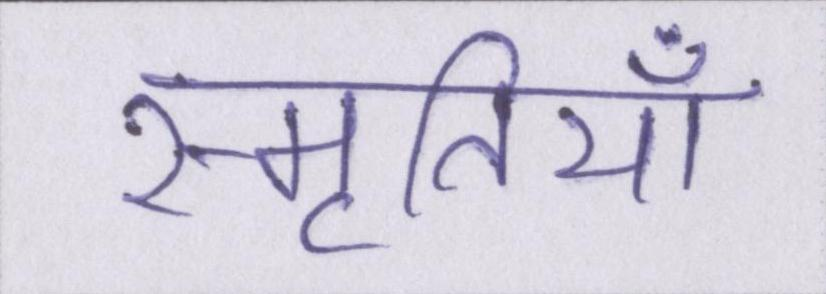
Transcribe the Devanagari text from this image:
स्मृतियाँ